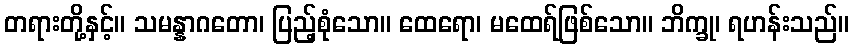
တရားတို့နှင့်။ သမန္နာဂတော၊ ပြည့်စုံသော။ ထေရော၊ မထေရ်ဖြစ်သော။ ဘိက္ခု၊ ရဟန်းသည်။